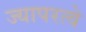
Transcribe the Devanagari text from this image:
ज्यापरत्वे